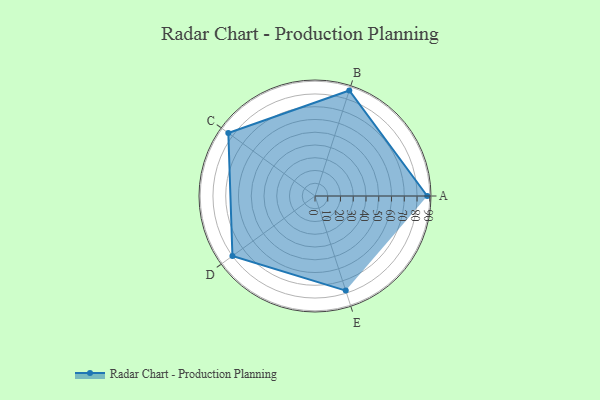
{"axis": {"x": "Skill", "y": "Score"}, "legend": ["Profile"], "data": [{"x": "A", "y": 88.0, "type": "Profile"}, {"x": "B", "y": 87.0, "type": "Profile"}, {"x": "C", "y": 84.0, "type": "Profile"}, {"x": "D", "y": 80.0, "type": "Profile"}, {"x": "E", "y": 78.0, "type": "Profile"}]}